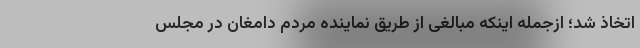
اتخاذ شد؛ ازجمله اینکه مبالغی از طریق نماینده مردم دامغان در مجلس